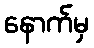
နောက်မှ